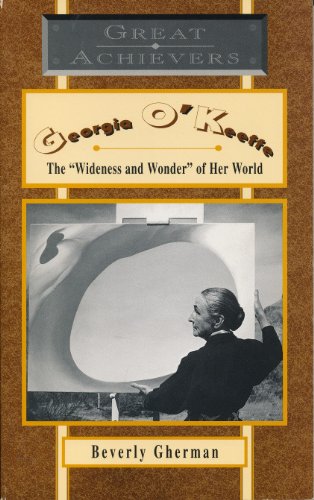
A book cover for GEORGIA O'KEEFFE THE WIDENESS AND WONDEROF HER WORLD (GREAT ACHIEVERS); Gherman; Teen & Young Adult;